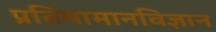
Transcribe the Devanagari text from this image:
प्रतिमामानविज्ञान